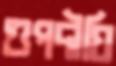
গুপদীঘি